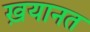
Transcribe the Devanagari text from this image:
ख़यानत